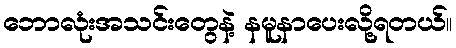
ဘောလုံးအသင်းတွေနဲ့ နမူနာပေးလို့ရတယ်။